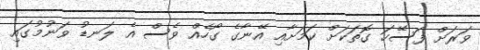
ވަރަށް ފަސޭހަ ގޮތަކަށް ކަމަށާއި އޭނާގެ ގޯހެއް ވެސް އެ ލަނޑު ވަނުމުގައި